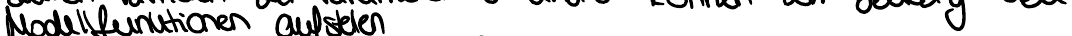
Modellfunktionen aufstellen